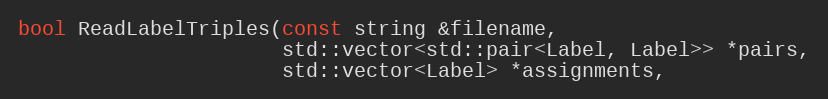
Language: C
bool ReadLabelTriples(const string &filename,
                      std::vector<std::pair<Label, Label>> *pairs,
                      std::vector<Label> *assignments,